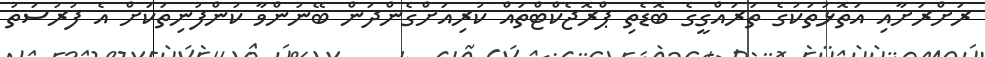
ރަށްރަށާއި އަތޮޅުތަކުގެ ތަރައްްގީގެ ބޮޑެތި ޕްރޮޖެކްޓްތައް ކުރިއަށްގެންދަން ބޭނުންވާ ކުންފުނިތަކަށް އެ ފުރުސަތު